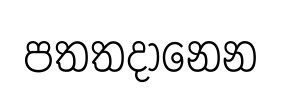
පතතදානෙන